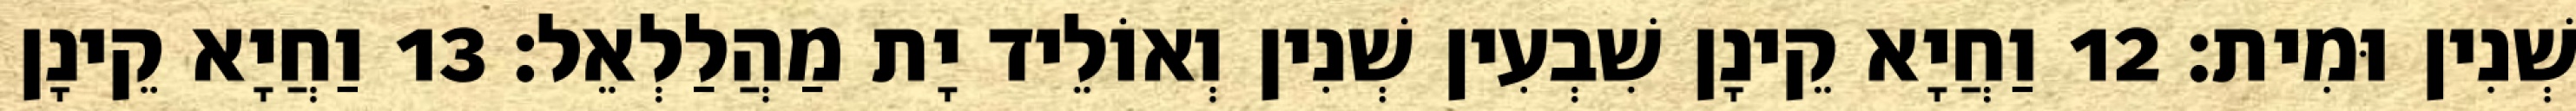
שְׁנִין וּמִית׃ 12 וַחֲיָא קֵינָן שִׁבְעִין שְׁנִין וְאוֹלֵיד יָת מַהֲלַלְאֵל׃ 13 וַחֲיָא קֵינָן